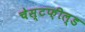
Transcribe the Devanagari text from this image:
चेस्टफ़ील्ड